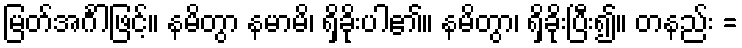
မြတ်အင်္ဂါဖြင့်။ နမိတွာ နမာမိ၊ ရှိခိုးပါ၏။ နမိတွာ၊ ရှိခိုးပြီး၍။ တနည်း =